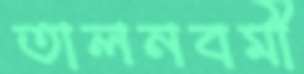
তালনবমী